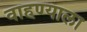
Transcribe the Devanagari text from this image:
वाहण्याला